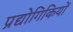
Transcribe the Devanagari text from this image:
प्रद्योगिकियों